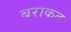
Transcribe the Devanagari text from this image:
बराकत